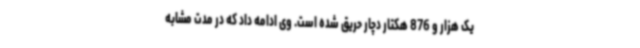
یک هزار و 876 هکتار دچار حریق شده است. وی ادامه داد که در مدت مشابه